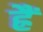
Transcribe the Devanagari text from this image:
ह्रैं